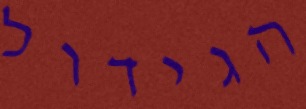
הגידול